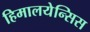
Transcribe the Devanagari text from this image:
हिमालयेन्सिस